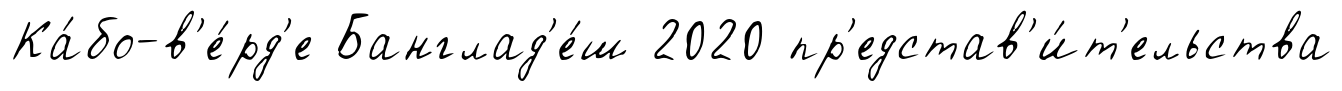
Ка́бо-в'е́рд'е Банглад'е́ш 2020 пр'едстав'и́т'ельства